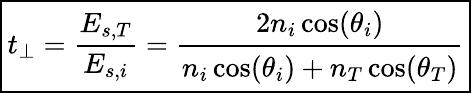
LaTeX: \boxed{t_{\perp}=\frac{E_{s,T}}{E_{s,i}}=\cfrac{2n_{i}\cos(\theta_{i})}{n_{i}\cos(\theta_{i})+n_{T}\cos(\theta_{T})}}